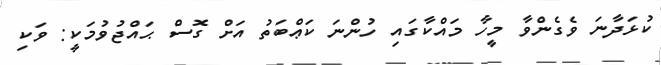
ކުޅަދާނަ ވެގެންވާ މީހާ މައްކާގައި ހުންނަ ކަޢްބަތު އަށް ގޮސް ޙައްޖުވުމަކީ: ވަކި